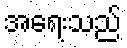
အရေးသည်